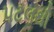
પટલથી